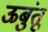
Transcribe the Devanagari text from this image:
ऊबुंतू